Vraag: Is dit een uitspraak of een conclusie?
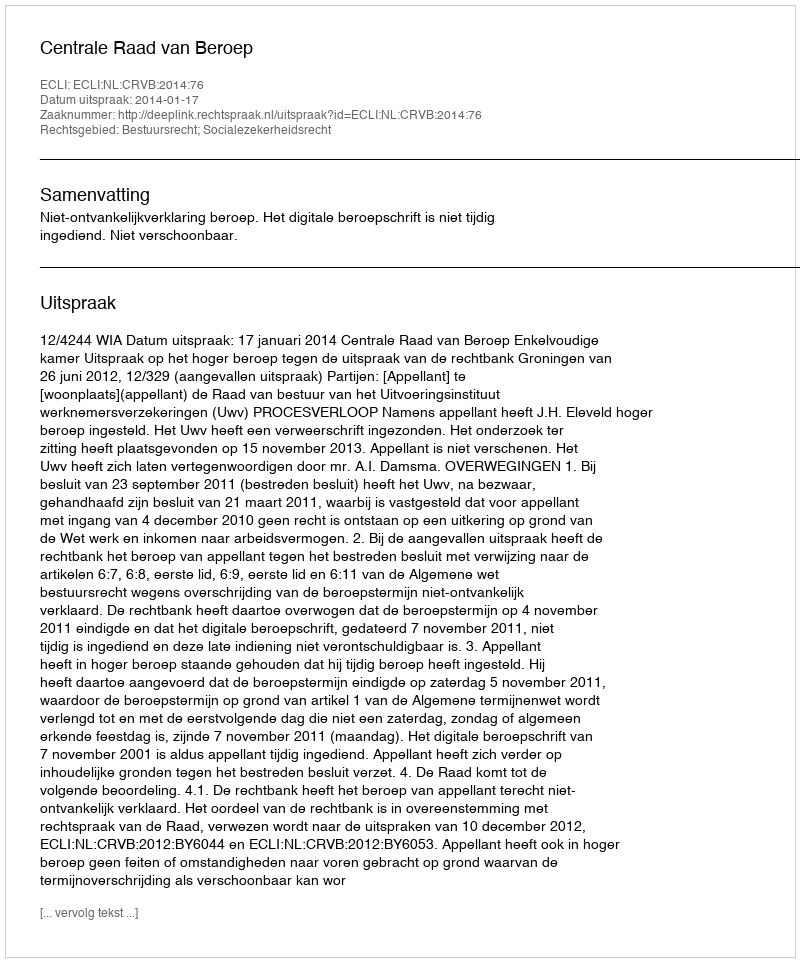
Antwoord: Uitspraak